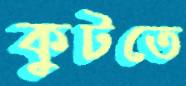
কুটতে